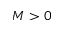
M > 0